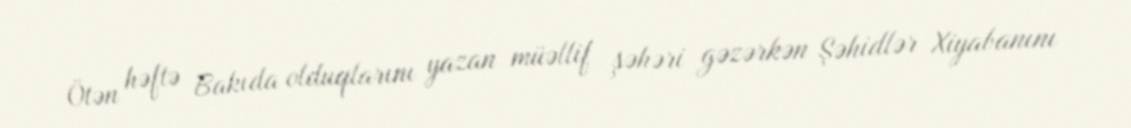
Ötən həftə Bakıda olduqlarını yazan müəllif şəhəri gəzərkən Şəhidlər Xiyabanını